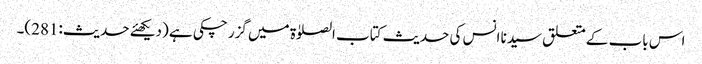
اس باب کے متعلق سیدنا انس کی حدیث کتاب الصلوٰۃ میں گزر چکی ہے (دیکھئے حدیث:281)۔